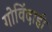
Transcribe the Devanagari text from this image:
गोविंदाही